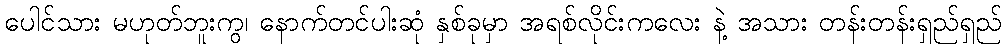
ပေါင်သား မဟုတ်ဘူးကွ၊ နောက်တင်ပါးဆုံ နှစ်ခုမှာ အရစ်လိုင်းကလေး နဲ့ အသား တန်းတန်းရှည်ရှည်